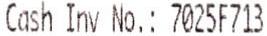
CASH INV NO.: 7025F713